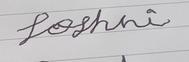
Signature authenticity: forged